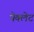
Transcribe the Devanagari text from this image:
पेक्लेट